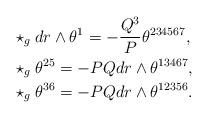
LaTeX: \begin{align*}&\star_{g}dr\wedge\theta^{1}=-\frac{Q^{3}}{P}\theta^{234567},\\&\star_{g}\theta^{25}=-PQ dr\wedge\theta^{13467},\\&\star_{g}\theta^{36}=-PQ dr\wedge\theta^{12356}.\end{align*}